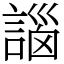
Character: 𧩣